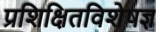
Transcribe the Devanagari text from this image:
प्रशिक्षितविशेषज्ञ